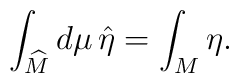
\int_{\widehat{M}}d\mu\, \hat{\eta} = \int_{M}\eta.